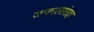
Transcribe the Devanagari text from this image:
जनरलांसह